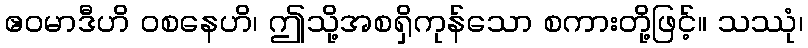
ဧဝမာဒီဟိ ဝစနေဟိ၊ ဤသို့အစရှိကုန်သော စကားတို့ဖြင့်။ သဿုံ၊